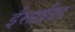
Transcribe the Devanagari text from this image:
ईसाईता